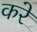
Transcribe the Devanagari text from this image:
करेे